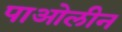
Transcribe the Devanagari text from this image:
पाओलीन